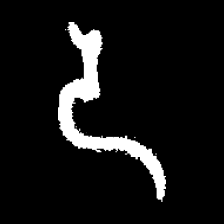
Pyu character \u2014 Myanmar letter: ဒ (romanized: da)